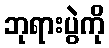
ဘုရားပွဲကို